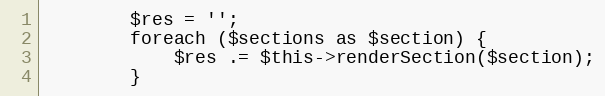
Language: PHP
        $res = '';
        foreach ($sections as $section) {
            $res .= $this->renderSection($section);
        }